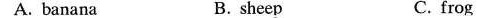
A. banana B.sheep C. frog